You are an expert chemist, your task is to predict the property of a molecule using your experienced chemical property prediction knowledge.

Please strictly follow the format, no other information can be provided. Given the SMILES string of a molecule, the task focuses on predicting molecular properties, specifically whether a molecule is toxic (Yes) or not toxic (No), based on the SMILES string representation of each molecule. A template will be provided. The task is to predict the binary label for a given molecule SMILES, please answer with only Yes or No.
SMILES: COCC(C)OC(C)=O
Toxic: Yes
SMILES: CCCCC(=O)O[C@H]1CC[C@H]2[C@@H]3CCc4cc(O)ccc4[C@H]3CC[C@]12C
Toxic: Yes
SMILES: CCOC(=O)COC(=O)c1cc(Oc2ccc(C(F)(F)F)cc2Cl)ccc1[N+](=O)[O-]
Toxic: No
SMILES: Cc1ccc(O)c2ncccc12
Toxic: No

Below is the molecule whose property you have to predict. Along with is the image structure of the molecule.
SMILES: O=C(O)[C@H](O)[C@@H](O)[C@H](O[C@@H]1O[C@H](CO)[C@H](O)[C@H](O)[C@H]1O)[C@H](O)CO
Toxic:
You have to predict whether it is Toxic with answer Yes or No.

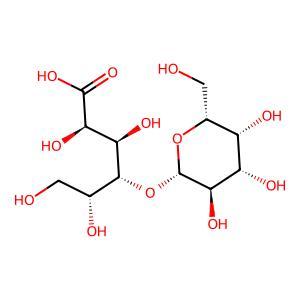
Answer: No